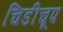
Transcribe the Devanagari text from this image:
चिडीचूप